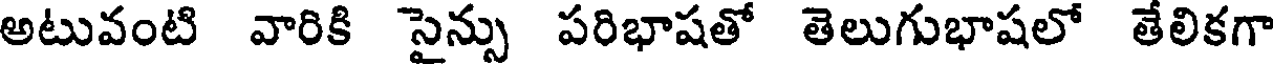
అటువంటి వారికి సైన్సు పరిభాషతో తెలుగుభాషలో తేలికగా